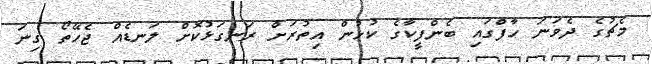
މެޗުގެ ދެވަނަ ހާފްގައި ބެންފީކާގެ ކުޅުން އިތުރަށް ރަނގަޅުކޮށް ލަނޑެއް ޖެހޭތޯ ގިނަ